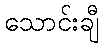
သောင်းချီ